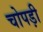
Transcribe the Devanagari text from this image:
चोपड़ी